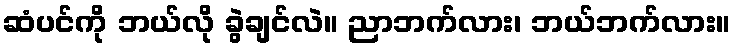
ဆံပင်ကို ဘယ်လို ခွဲချင်လဲ။ ညာဘက်လား၊ ဘယ်ဘက်လား။